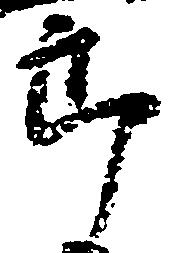
郎